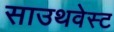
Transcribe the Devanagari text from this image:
साउथवेस्‍ट